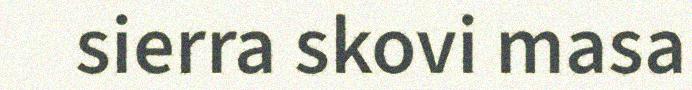
sierra skovi masa